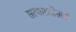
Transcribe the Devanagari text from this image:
सत्याग्रहींसाठी